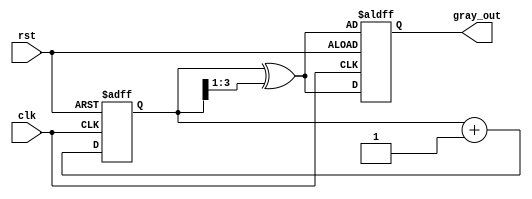
module gray_code_counter (
    input wire clk,           // Clock signal
    input wire rst,           // Asynchronous reset signal
    output reg [3:0] gray_out // 4-bit Gray code output
);
    reg [3:0] bin_count;      // 4-bit binary counter

    // Binary to Gray code conversion
    function [3:0] bin_to_gray;
        input [3:0] bin;
        begin
            bin_to_gray = bin ^ (bin >> 1);
        end
    endfunction

    // Always block for counting and Gray code conversion
    always @(posedge clk or posedge rst) begin
        if (rst) begin
            bin_count <= 4'b0000; // Initialize binary counter to 0
            gray_out <= bin_to_gray(bin_count); // Initialize Gray code output
        end else begin
            bin_count <= bin_count + 1; // Increment binary counter
            gray_out <= bin_to_gray(bin_count); // Update Gray code output
        end
    end

endmodule